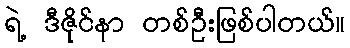
ရဲ့ ဒီဇိုင်နာ တစ်ဦးဖြစ်ပါတယ်။